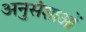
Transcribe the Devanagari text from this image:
अनुसंशाओं